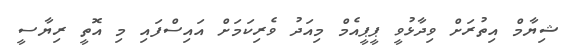
ޝިޔާމް އިތުރަށް ވިދާޅުވީ ޕީޕީއެމް މިއަދު ވެރިކަމަށް އައިސްފައި މި އޮތީ ރިޔާސީ